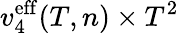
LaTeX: v_{4}^{\mathrm{eff}}(T,n)\times T^{2}